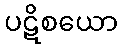
ပဋိစယော